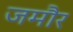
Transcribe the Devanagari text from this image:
जमौर